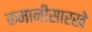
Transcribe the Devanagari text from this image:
कमानीसारखे